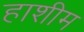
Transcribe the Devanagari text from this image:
हाशीम